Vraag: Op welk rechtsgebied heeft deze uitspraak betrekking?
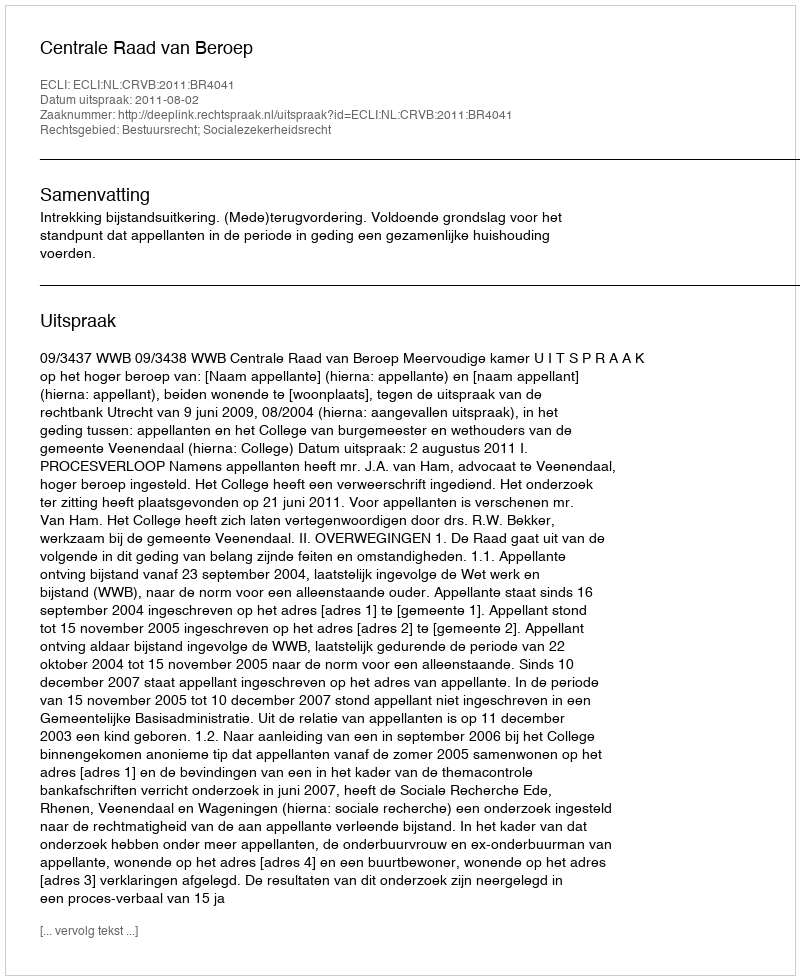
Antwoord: Bestuursrecht; Socialezekerheidsrecht